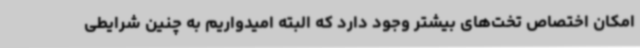
امکان اختصاص تخت‌های بیشتر وجود دارد که البته امیدواریم به چنین شرایطی